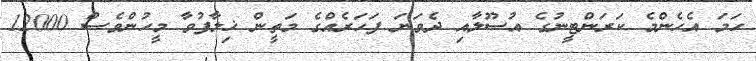
ހަމަ އެހެންމެ ކަރަންޓީނުގެ އުސޫލާއި ދެވަނަ ފަހަރެއްގެ މަތީން ޚިލާފުވާ މީހުންވެސް 12000